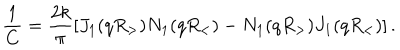
LaTeX: \frac { 1 } { C } = \frac { 2 k } { \pi } \left[ J _ { 1 } ( q R _ { > } ) N _ { 1 } ( q R _ { < } ) - N _ { 1 } ( q R _ { > } ) J _ { 1 } ( q R _ { < } ) \right] .